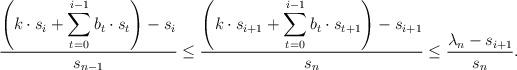
LaTeX: \begin{align*}\displaystyle \frac{\displaystyle\left(k\cdot s_i+\sum_{t=0}^{i-1}b_t\cdot s_t\right) -s_i}{s_{n-1}}\leq \frac{\displaystyle\left(k\cdot s_{i+1}+\sum_{t=0}^{i-1}b_t\cdot s_{t+1}\right) -s_{i+1}}{s_n}\leq \frac{\lambda_n-s_{i+1}}{s_n}.\end{align*}